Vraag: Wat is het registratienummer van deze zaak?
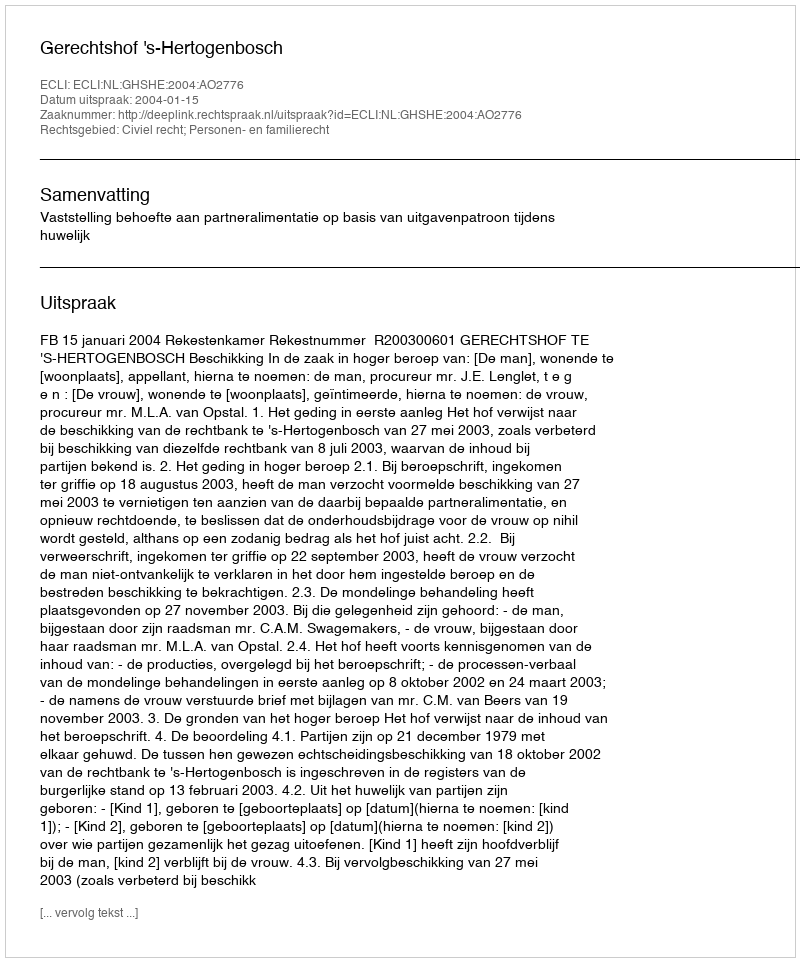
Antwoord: http://deeplink.rechtspraak.nl/uitspraak?id=ECLI:NL:GHSHE:2004:AO2776